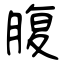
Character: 腹